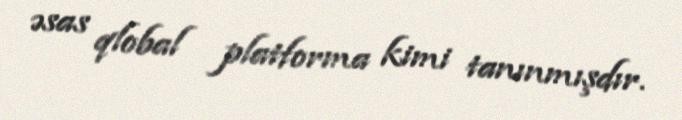
əsas qlobal platforma kimi tanınmışdır.